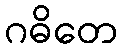
ဂဓိတေ